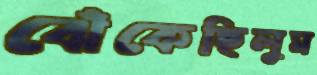
ঝেঁকেছিলুম